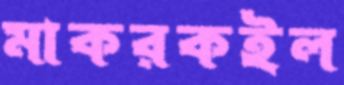
মাকরকইল